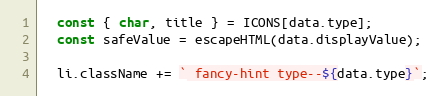
Language: JavaScript
  const { char, title } = ICONS[data.type];
  const safeValue = escapeHTML(data.displayValue);

  li.className += ` fancy-hint type--${data.type}`;